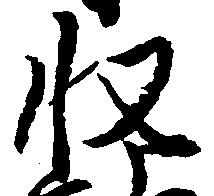
収